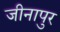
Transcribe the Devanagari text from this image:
जीनापुर